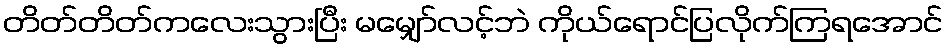
တိတ်တိတ်ကလေးသွားပြီး မမျှော်လင့်ဘဲ ကိုယ်ရောင်ပြလိုက်ကြရအောင်